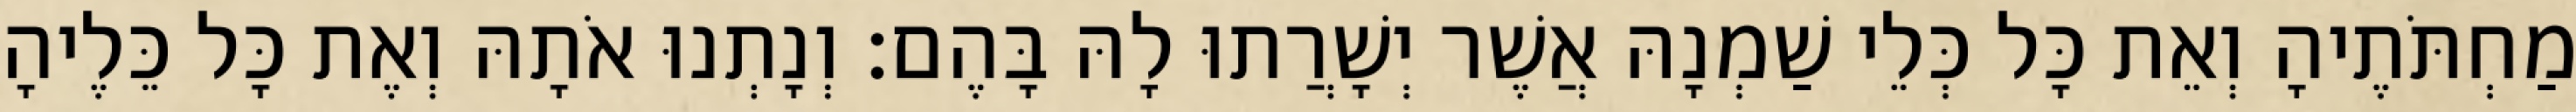
מַחְתֹּתֶיהָ וְאֵת כָּל כְּלֵי שַׁמְנָהּ אֲשֶׁר יְשָׁרֲתוּ לָהּ בָּהֶם׃ וְנָתְנוּ אֹתָהּ וְאֶת כָּל כֵּלֶיהָ